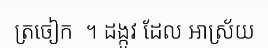
ត្រចៀក  ។ ដង្កូវ ដែល ឤស្រ័យ